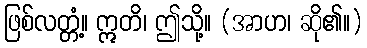
ဖြစ်လတ္တံ့။ ဣတိ၊ ဤသို့။ (အာဟ၊ ဆို၏။)